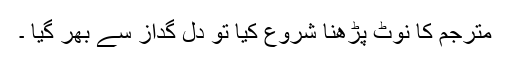
مترجم کا نوٹ پڑھنا شروع کیا تو دل گداز سے بھر گیا ۔